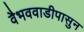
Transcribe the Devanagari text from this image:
वैभववाडीपासुन